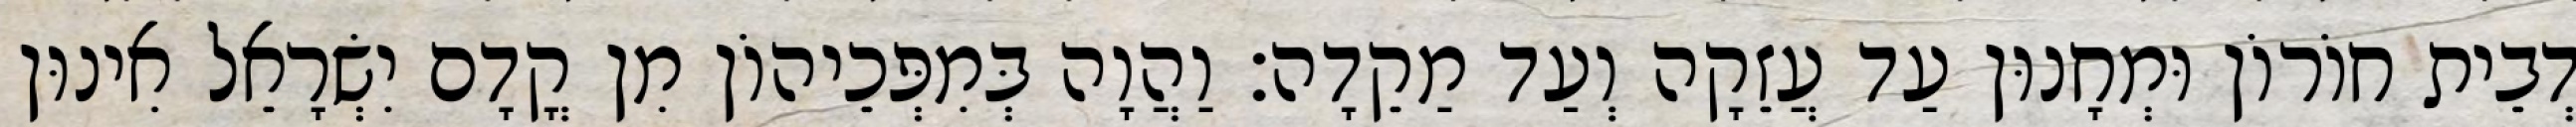
דְבֵית חוֹרוֹן וּמְחָנוּן עַד עֲזֵקָה וְעַד מַקֵדָה׃ וַהֲוָה בְּמִפְּכֵיהוֹן מִן קֳדָם יִשְׂרָאֵל אִינוּן